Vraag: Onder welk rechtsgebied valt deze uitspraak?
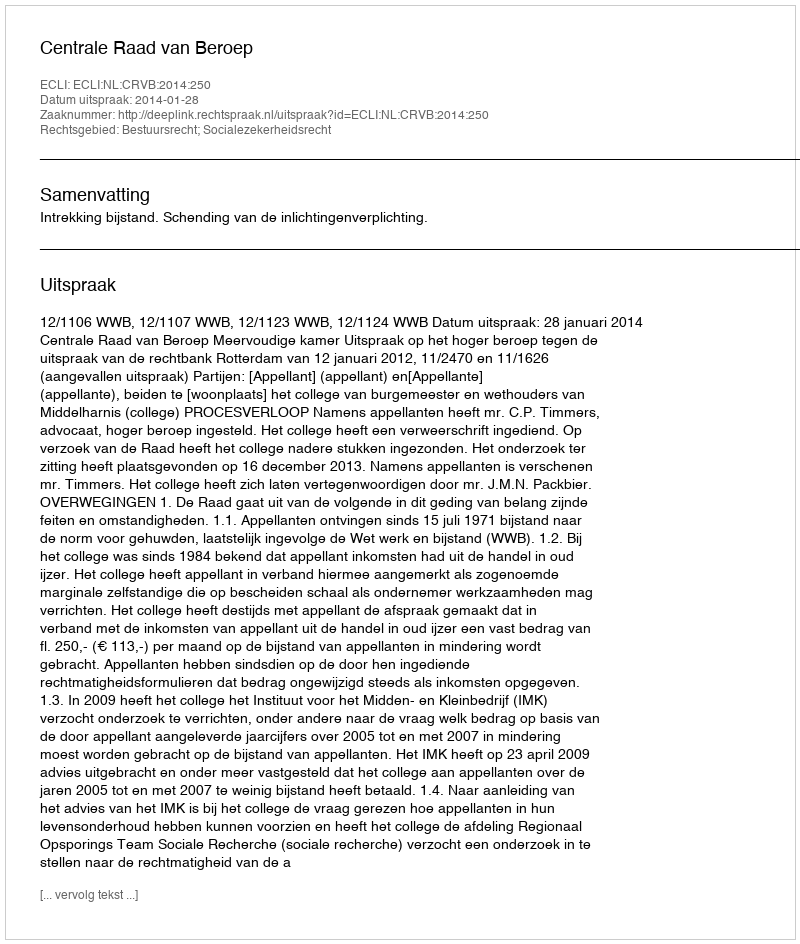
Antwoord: Bestuursrecht; Socialezekerheidsrecht